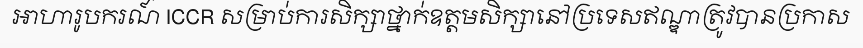
អាហារូបករណ៍ ICCR សម្រាប់ការសិក្សាថ្នាក់ឧត្តមសិក្សានៅប្រទេសឥណ្ឌាត្រូវបានប្រកាស